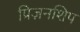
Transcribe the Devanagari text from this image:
प्रिज़नशिप